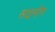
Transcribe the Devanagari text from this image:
साइमीन